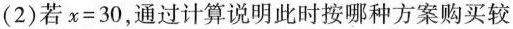
(2)若x=30，通过计算说明此时按哪种方案购买较